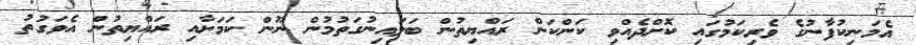
އެމަނިކުފާނުގެ ވެރިކަމުގައި ކޮށްދެއްވި ކަންކަން ރައްޔިތުން ބަލައިނުގަތުމުން ނޫން ކަމަށާއި ރައްޔިތުން އެވަގުތު